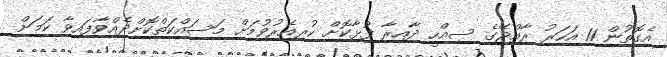
އެގޮތުން 11 އަހަރު ރާއްޖޭގެ ސިއްހީ ދާއިރާ ފުޅާކޮށް ކުރިއެރުވުމަށް މަސައްކަތްކޮށްދެއްވާފައިވާ ކަމަށް